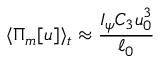
\langle \Pi _ { m } [ u ] \rangle _ { t } \approx \frac { I _ { \psi } C _ { 3 } u _ { 0 } ^ { 3 } } { \ell _ { 0 } }